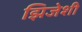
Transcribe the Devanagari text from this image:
झिजेशी